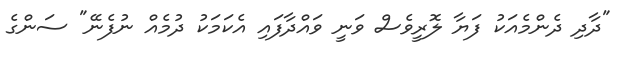
"ދާދި ދެންމެއަކު ފަޔާ ލޮރީވެސް ވަނީ ވައްދާފައި އެކަމަކު ދުމެއް ނުފެނޭ" ސަންގެ